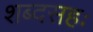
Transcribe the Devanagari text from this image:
शब्दसहः